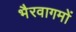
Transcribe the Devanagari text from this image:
भैरवागमों